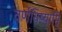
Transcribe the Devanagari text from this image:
वर्णयिष्यामि